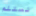
نستلم